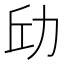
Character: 𪟘